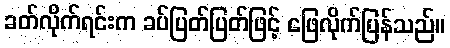
ခတ်လိုက်ရင်းက ခပ်ပြတ်ပြတ်ဖြင့် ဖြေလိုက်ပြန်သည်။